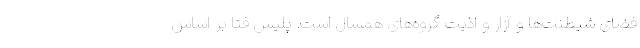
فضای شیطنت‌ها و آزار و اذیت گروه‌های همسال است. پلیس فتا بر اساس